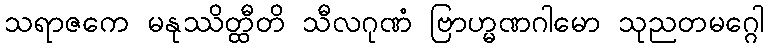
သရာဇကေ မနုဿိတ္ထီတိ သီလဂုဏံ ဗြာဟ္မဏဂါမော သုညတမဂ္ဂေါ